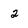
Character: 2